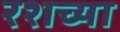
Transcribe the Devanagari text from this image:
रशच्या